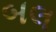
બલ